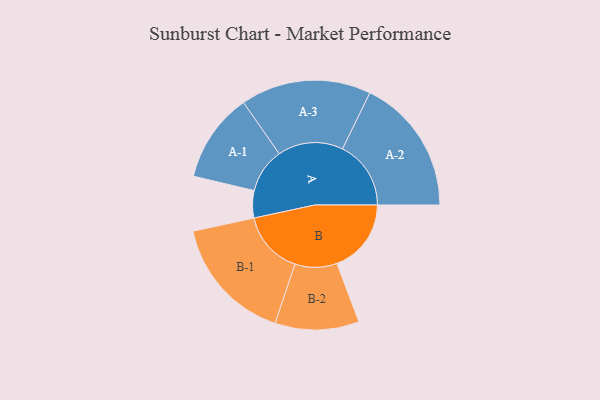
{"axis": {"x": "Segment", "y": "Value"}, "legend": ["", "A", "B"], "data": [{"x": "A", "y": 103, "type": ""}, {"x": "B", "y": 281, "type": ""}, {"x": "A-1", "y": 169, "type": "A"}, {"x": "A-2", "y": 259, "type": "A"}, {"x": "A-3", "y": 247, "type": "A"}, {"x": "B-1", "y": 240, "type": "B"}, {"x": "B-2", "y": 159, "type": "B"}]}